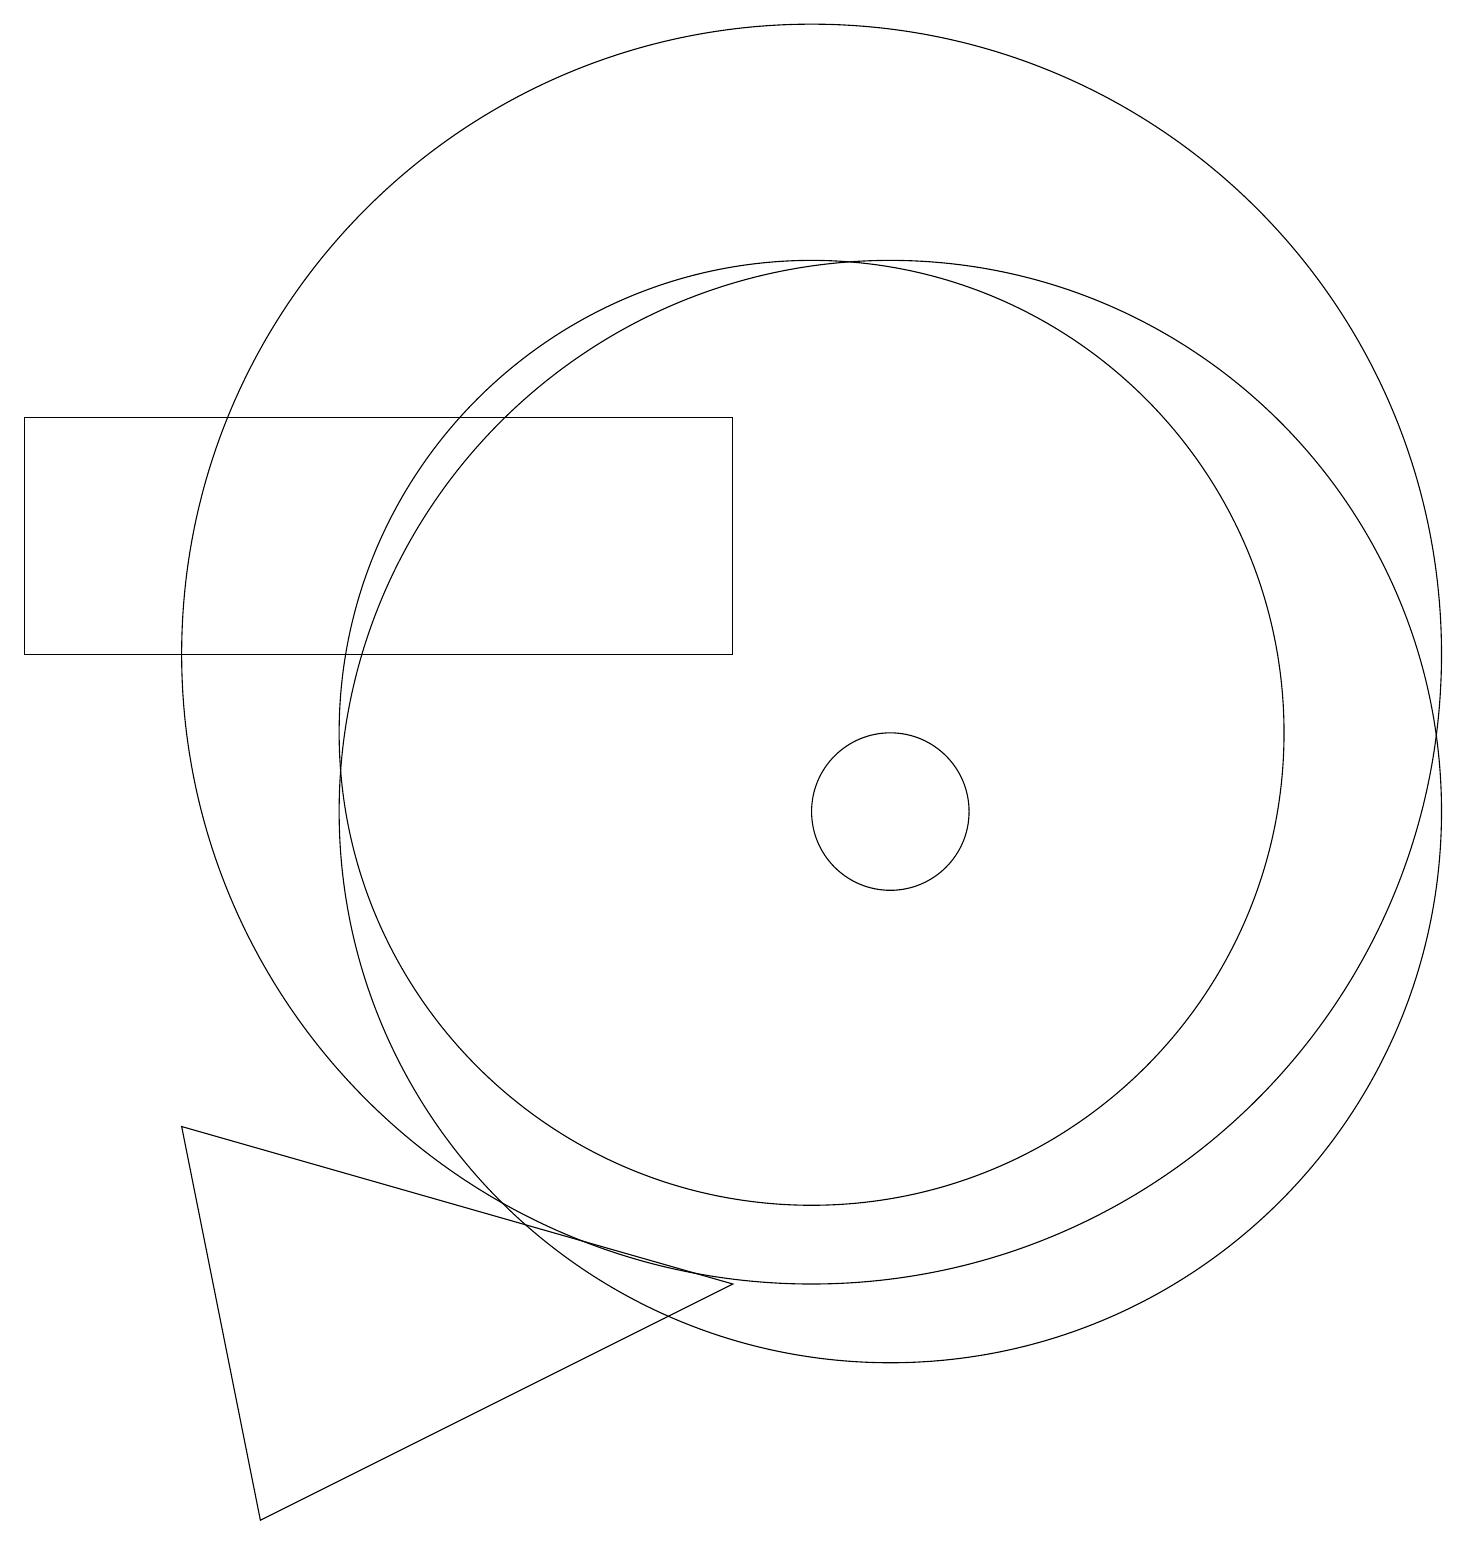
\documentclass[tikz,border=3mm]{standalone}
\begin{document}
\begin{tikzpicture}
\draw (10,11) circle (6);
\draw (2,6) -- (9,4) -- (3,1) -- cycle;
\draw (11,10) circle (7);
\draw (9,12) rectangle (0,15);
\draw (11,10) circle (1);
\draw (10,12) circle (8);
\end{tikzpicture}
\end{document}